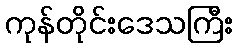
ကုန်တိုင်းဒေသကြီး